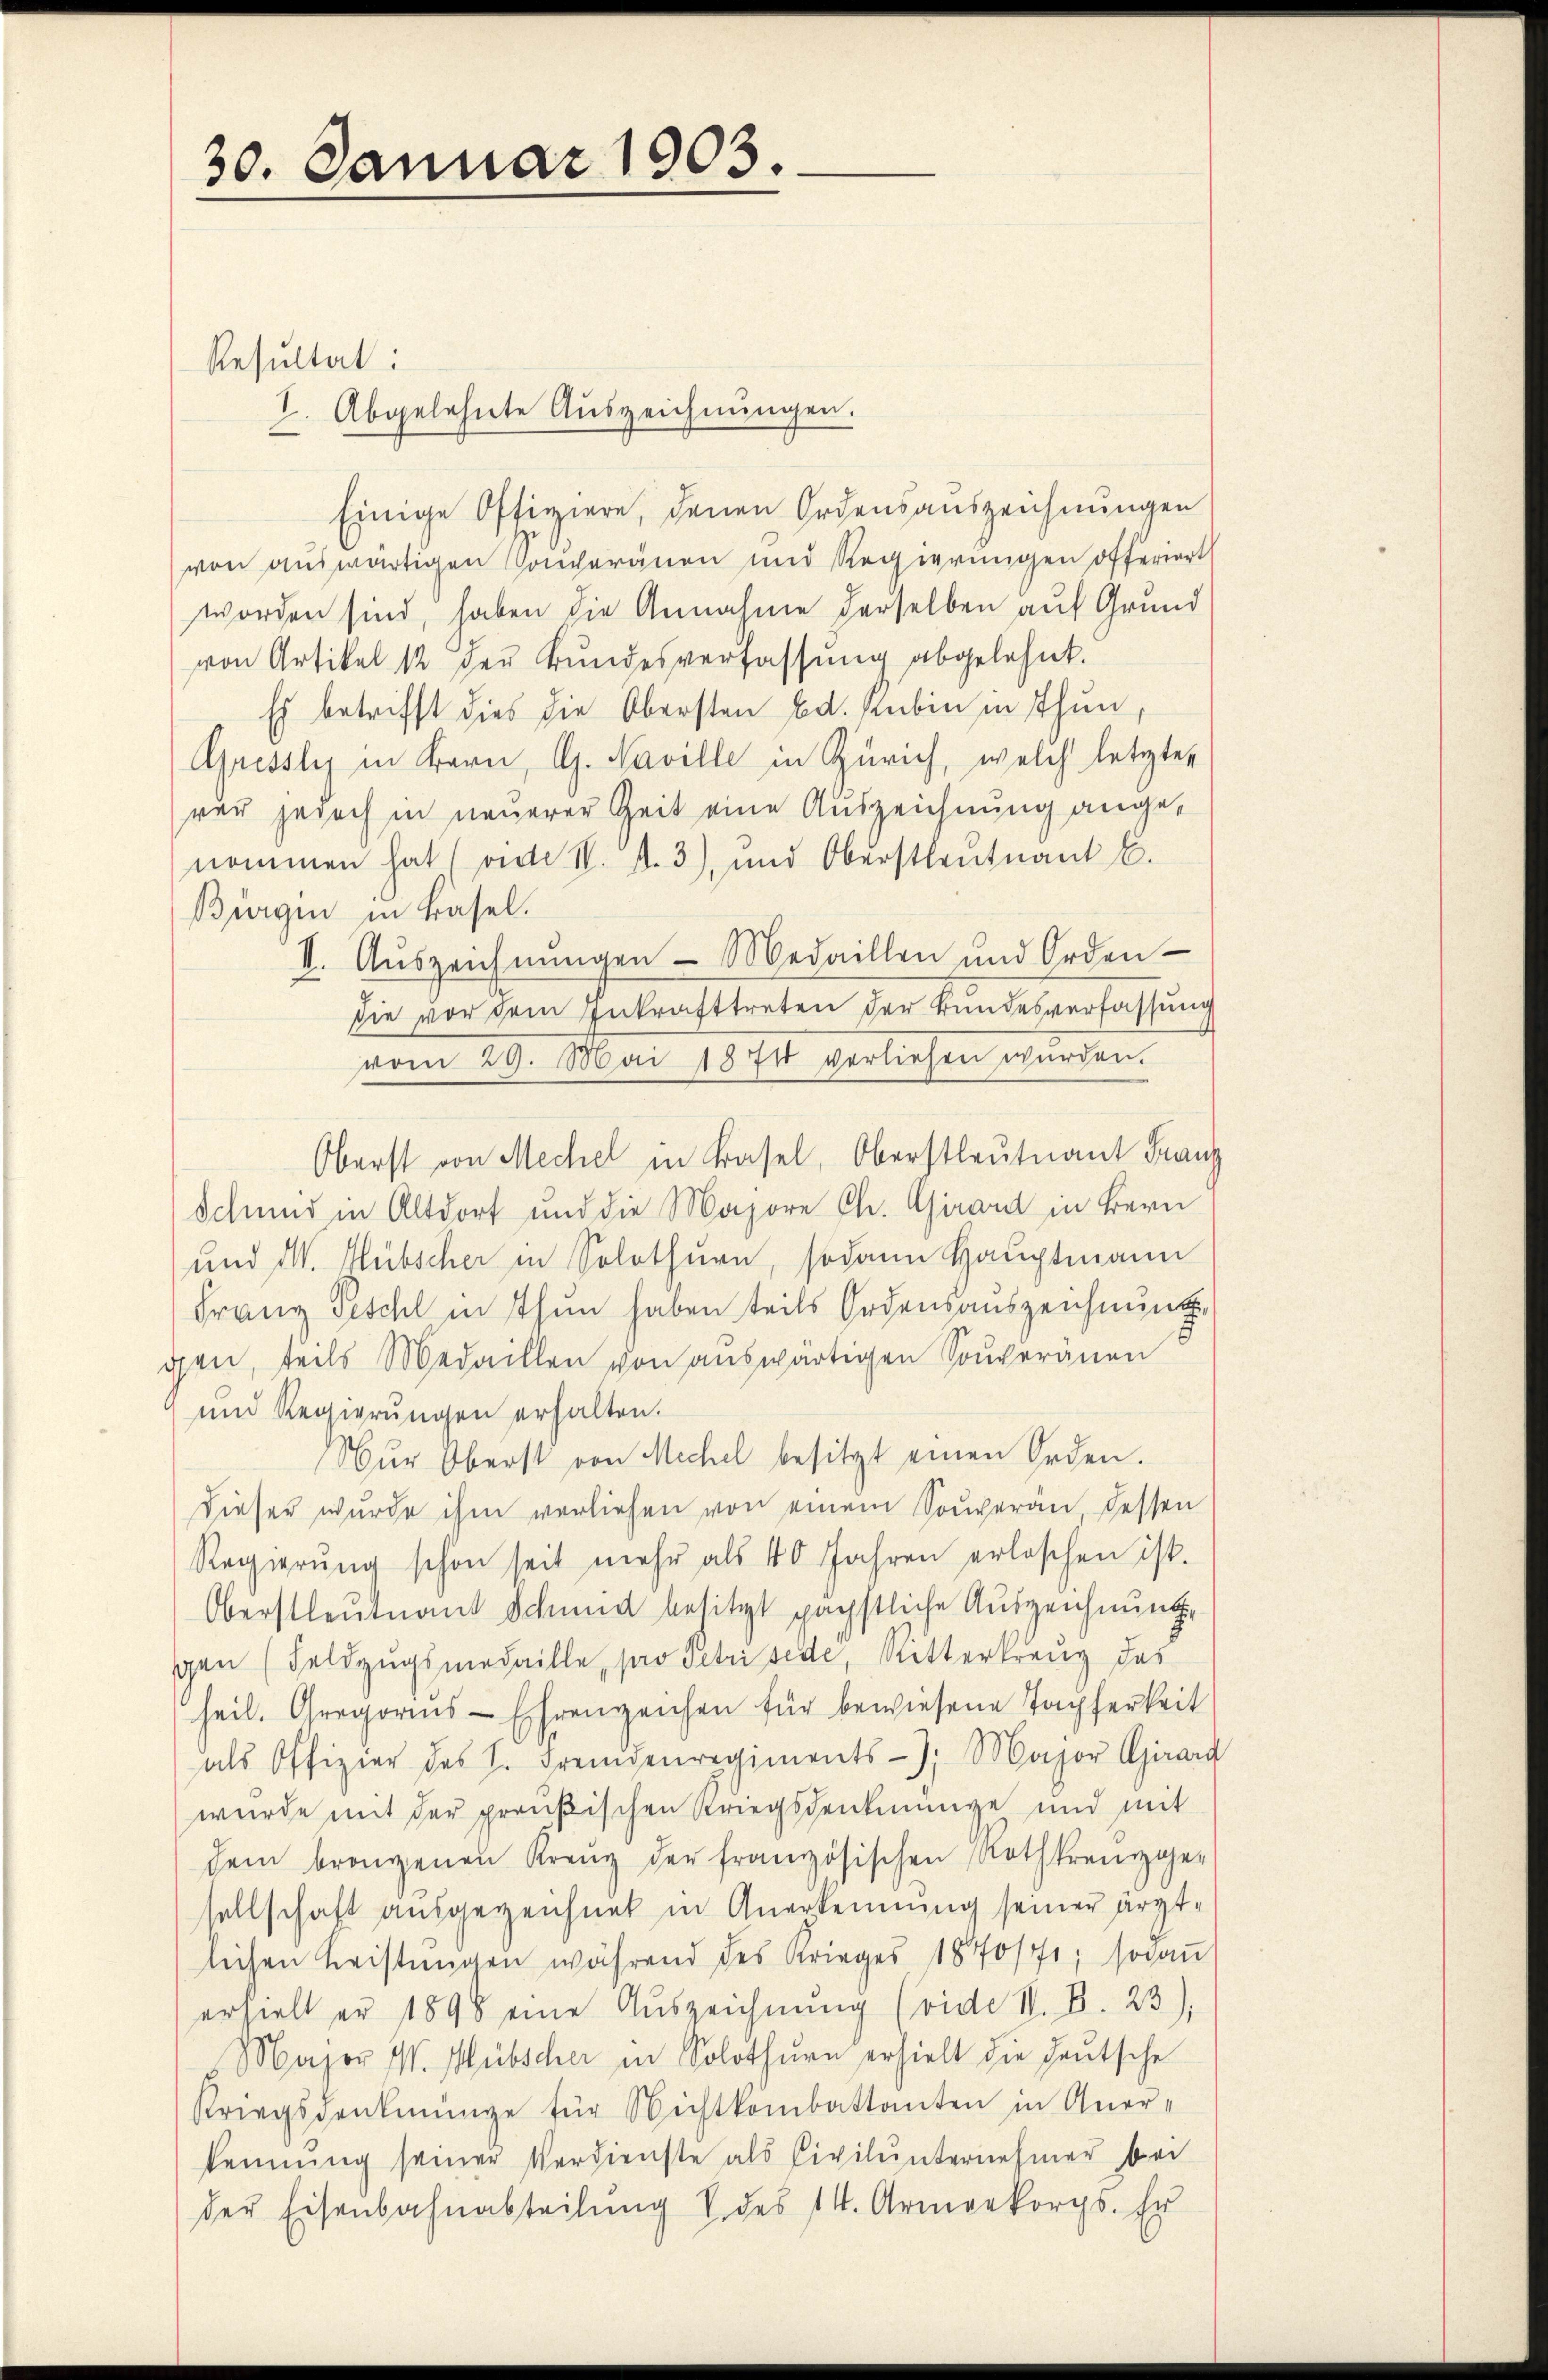
30. Januar 1903.

Resultat:
Abgelehnte Auszeichnungen.
.
Einige Offiziere, denen Ordensauszeichnŭngen
von auswärtigen Converänen und Regierungen offeriert
worden sind, haben die Annahme derselben auf Grund
von Artikel 12 der Bundesverfassung abgelehnt.
Es betrifft dies die Obersten Bd. Rubin in Thun,
Gresslys in Bern, G. Naville in Zürich, welch letzter
rer jedoch in neuerer Zeit eine Auszeichnung angenommen hat (vide II. A. 3), und Oberstleutnant C.
Birgen in Basel.
II. Auszeichnungen - Medaillen und Orden
die vor dem Inkrafttreten der Bundesverfassung
vom 29. Mai 1871 verliehen wurden.
Schmid in Altdorf und die Majore Ch. Girard in Bern
und M. Hübscher in Solothurn, sodann Hauptmann
Franz Fischl in Thun haben teils Ordensauszeichnung,
gen, teils Medaillen von auswärtigen Souveränen
und Regierungen erhalten.
Nŭr Oberst von Mechel besitzt einen Orden.
dieser wurde ihm verliehen von einem Souveran dessen
Regierŭng schon seit mehr als 40 Jahren erloschen ist.
Oberstleutnant Schmid besitzt päpstliche Auszeichnung,
gen (Feldzugsmedaille, pro Petrisede, Mitterkreuz des
heil. Gregoris - Ehrenzeichen für bewiesene Tapferkeit
als Offizier des H. Fremdenregiments-, Major Girard
wurde mit der preußischen Kriegsdenkmünge und mit
dem brangenen Kreuz der französischen Rothkreuzge-
sellschaft ausgezeichnet in Anerkennung seiner ärztlichen Leistungen während des Krieges 1870/f; sodan
erhielt er 1898 eine Auszeichnung (vide II. B. 23)
Major W. Mübscher in Solothurn erhielt die deutsche
Kriegsdenkmünge für Nichtkombattanten in Aner-
kennung seiner Verdienste als Civilŭnternehmer bei
der Eisenbahnabteilŭng u. des 14. Armeekorps. Er

Oberst von Meche in Basel, Oberstleutnant Franz